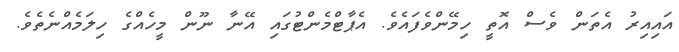
އައިއިރު އެތަން ވެސް އޮތީ ހިމޭންވެފައެވެ. އެޕާޓްމެންޓުގައި އޭނާ ނޫން މީހެއްގެ ހިލަމެއްނެތެވެ.